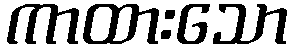
ကာထားသော